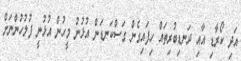
އަދި ކޯރާޑި އާއި ދަނޑިބުރިތައް ހިފައިގެން ގަސްކަނޑަން އުޅުނު މީހުން އުޅުނީ ފުލުހުންނަށް